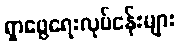
ရှာဖွေရေးလုပ်ငန်းများ